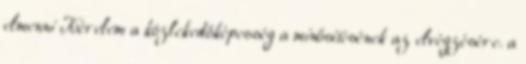
elmenni Kérelem a közlekedőképesség a minősítésének az elvégzésére. a